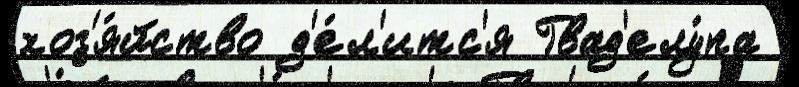
хоз'я́йство д'е́л'итс'я Гвад'елу́па